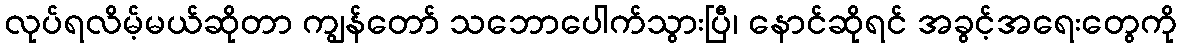
လုပ်ရလိမ့်မယ်ဆိုတာ ကျွန်တော် သဘောပေါက်သွားပြီ၊ နောင်ဆိုရင် အခွင့်အရေးတွေကို